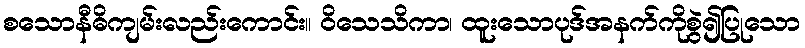
စသောနီဓိကျမ်းလည်းကောင်း။ ဝိသေသိကာ၊ ထူးသောပုဒ်အနက်ကိုစွဲ၍ပြုသော